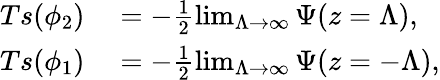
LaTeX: \begin{array}{rl}{Ts(\phi_{2})}&{{}=-\frac{1}{2}\operatorname*{lim}_{\Lambda\to\infty}\Psi(z=\Lambda),}\\ {Ts(\phi_{1})}&{{}=-\frac{1}{2}\operatorname*{lim}_{\Lambda\to\infty}\Psi(z=-\Lambda),}\end{array}